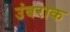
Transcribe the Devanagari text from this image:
उंबराक